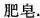
肥皂.